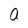
Character: a